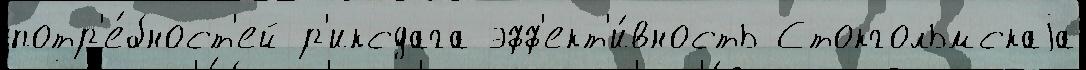
потр'е́бност'ей р'иксдага эфф'ект'и́вность Стокгольмскаjа